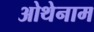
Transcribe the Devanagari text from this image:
ओथेनाम